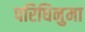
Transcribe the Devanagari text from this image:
परिधिनुमा